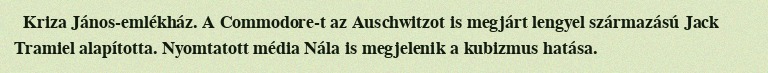
Kriza János-emlékház. A Commodore-t az Auschwitzot is megjárt lengyel származású Jack Tramiel alapította. Nyomtatott média Nála is megjelenik a kubizmus hatása.